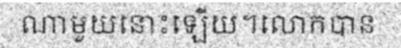
ណាមួយនោះឡើយ។លោកបាន